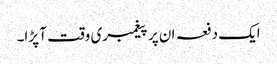
ایک دفعہ ان پر پیغمبری وقت آ پڑا۔